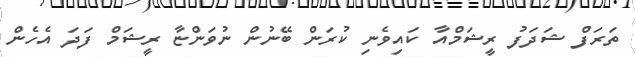
ތަރަފް ޝަދަފު ރީޝަމްއާ ކައިވެނި ކުރަން ބޭނުން ނުވަންޏާ ރީޝަމް ފަދަ އެހެން